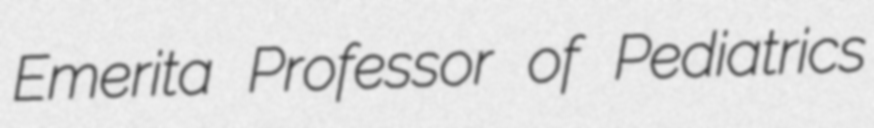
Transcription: Emerita Professor of Pediatrics